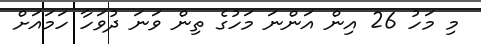
މި މަހު 26 އިން އަންނަ މަހުގެ ތިން ވަނަ ދުވަހާ ހަމައަށް